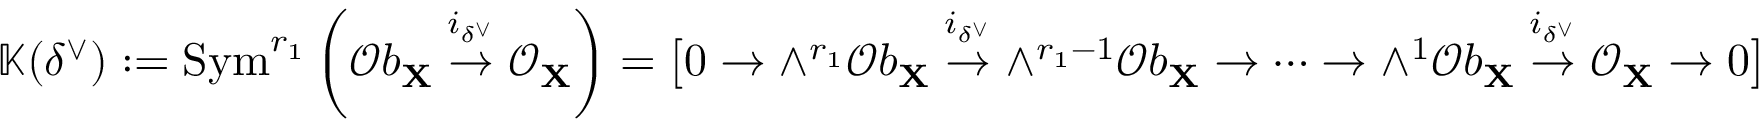
\mathbb { K } ( \delta ^ { \vee } ) : = \mathrm { S y m } ^ { r _ { 1 } } \left( \mathcal { O } b _ { \mathbf { X } } \stackrel { i _ { \delta ^ { \vee } } } { \to } \mathcal { O } _ { \mathbf { X } } \right) = \big [ 0 \to \wedge ^ { r _ { 1 } } \mathcal { O } b _ { \mathbf { X } } \stackrel { i _ { \delta ^ { \vee } } } { \to } \wedge ^ { r _ { 1 } - 1 } \mathcal { O } b _ { \mathbf { X } } \to \cdots \to \wedge ^ { 1 } \mathcal { O } b _ { \mathbf { X } } \stackrel { i _ { \delta ^ { \vee } } } { \to } \mathcal { O } _ { \mathbf { X } } \to 0 \big ]